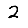
Digit: 2